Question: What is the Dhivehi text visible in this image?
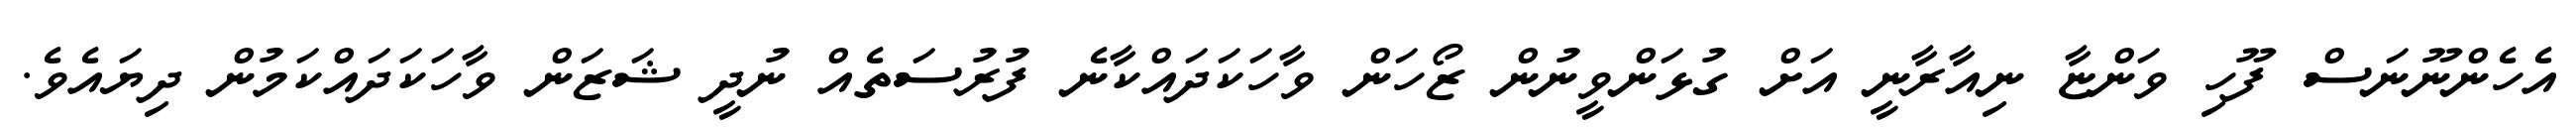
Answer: އެހެންނޫނަސް ފޫހި ވަންޏާ ނިއާރާނީ އަށް ގުޅަންވީނުން ޒޯހަން ވާހަކަދައްކާނެ ފުރުސަތެއް ނުދީ ޝަޒަން ވާހަކަދައްކަމުން ދިޔައެވެ.